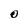
Character: O